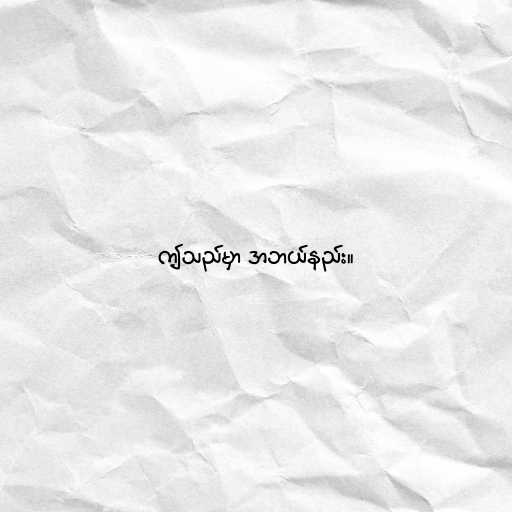
ဤသည်မှာ အဘယ်နည်း။